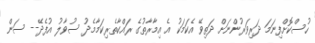
ހުސްކޮށްފިނަމަ ދަރިވަރުންނަށް ދަތިވޭ އެކަމަކު އެ އިމާރާތުގެ ރައްކާތެރިކަމާމެދު ސުވާލު އުފެދޭ-- ސަން